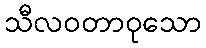
သီလဝတာဝုသော